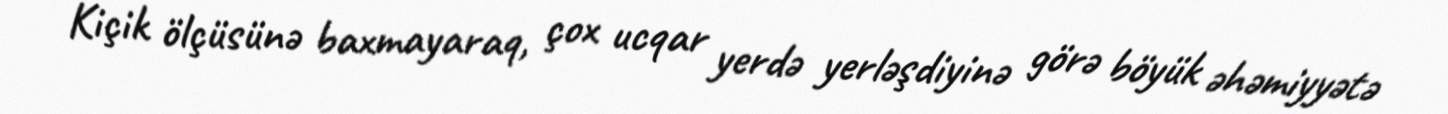
Kiçik ölçüsünə baxmayaraq, çox ucqar yerdə yerləşdiyinə görə böyük əhəmiyyətə